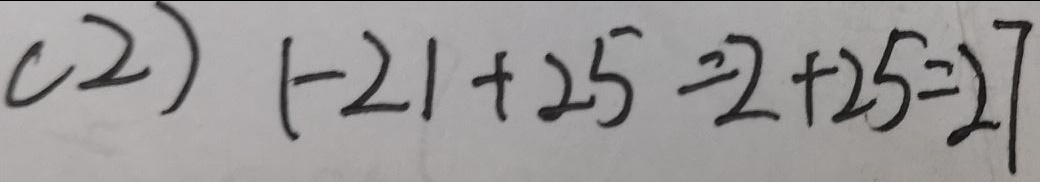
( 2 ) 1 - 2 1 + 2 5 = 2 + 2 5 = 2 7